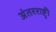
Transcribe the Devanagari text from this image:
अंतरराष्ट्री